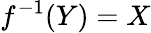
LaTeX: f^{-1}(Y)=X